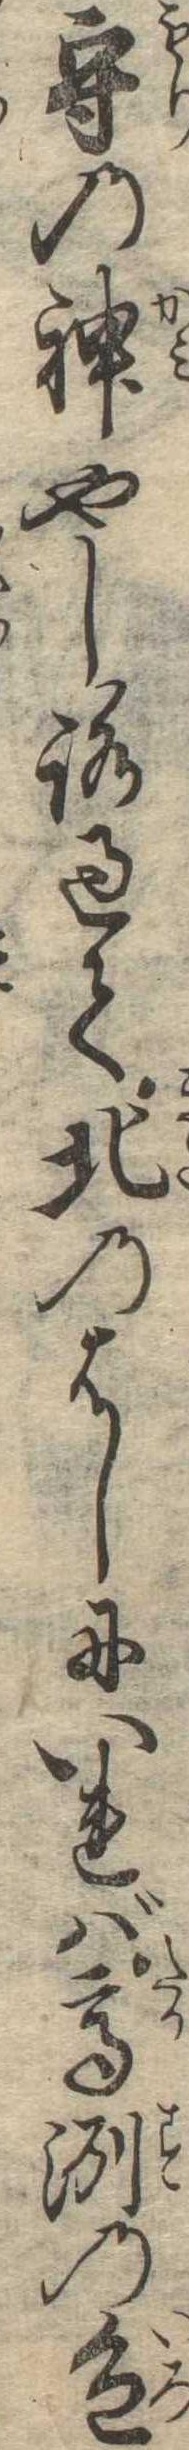
守の神やしろ過て北のはしにいれば高洲の色